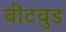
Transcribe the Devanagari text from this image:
वीटवुड